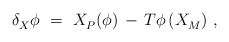
\begin{align*} \delta_X^{} \phi~=~X_P^{}(\phi) \, - \, T\phi \, (X_M^{})~,\end{align*}